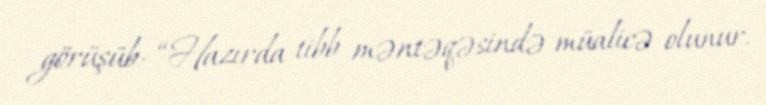
görüşüb: “Hazırda tibb məntəqəsində müalicə olunur.